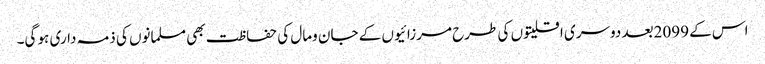
اس کے 2099بعد دوسری اقلیتوں کی طرح مرزائیوں کے جان ومال کی حفاظت بھی مسلمانوں کی ذمہ داری ہو گی۔